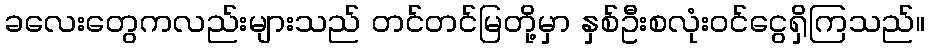
ခလေးတွေကလည်းများသည် တင်တင်မြတို့မှာ နှစ်ဦးစလုံးဝင်ငွေရှိကြသည်။